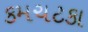
કમચટકા